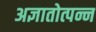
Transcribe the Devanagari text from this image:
अज्ञातोत्पन्न